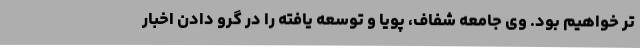
تر خواهیم بود. وی جامعه شفاف، پویا و توسعه یافته را در گرو دادن اخبار